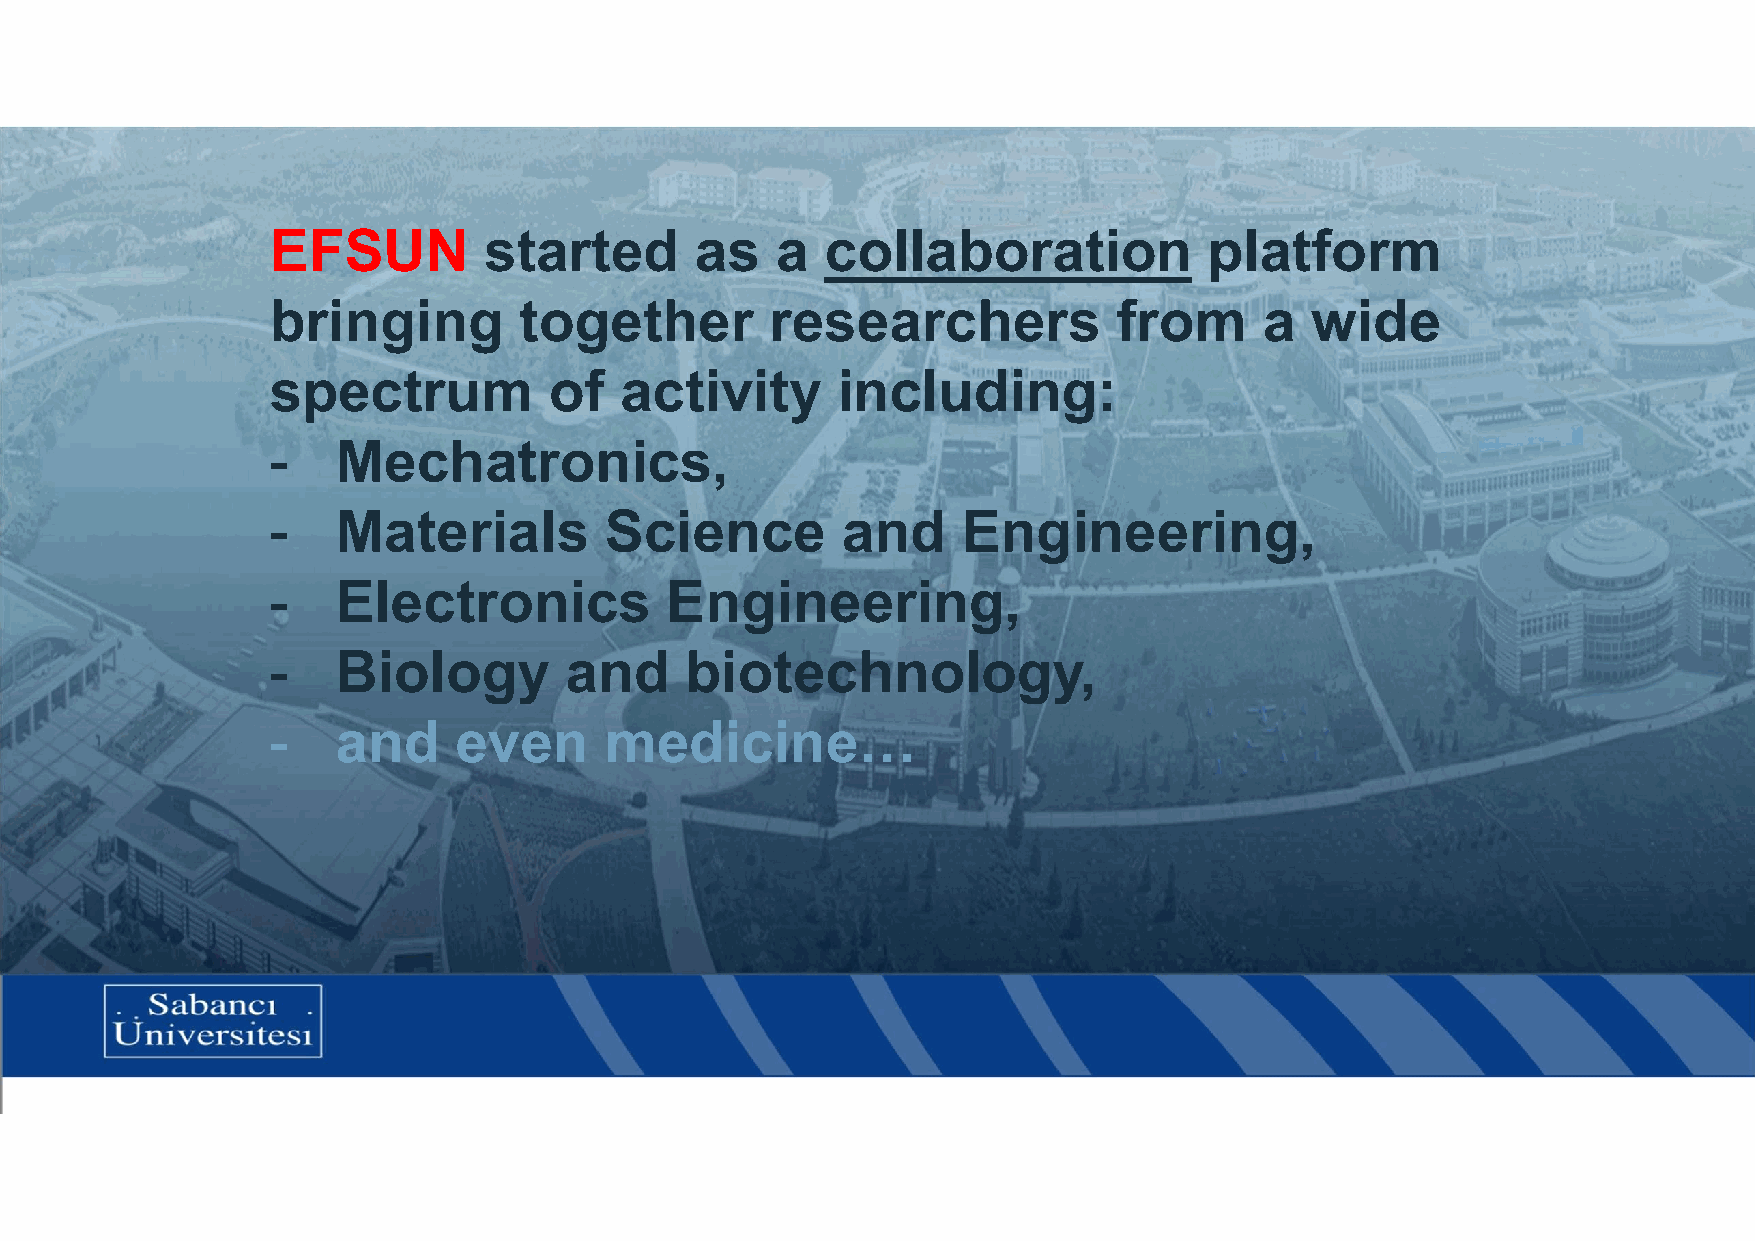
EFSUN         started       as   a   collaboration            platform
 bringing        together         researchers            from      a  wide
 spectrum          of   activity      including:
 -   Mechatronics,
 -   Materials         Science         and     Engineering,
 -   Electronics           Engineering,
 -   Biology        and     biotechnology,
 -   and     even      medicine…